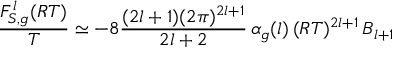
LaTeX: \frac { F _ { S , g } ^ { l } ( R T ) } { T } \simeq - 8 \frac { ( 2 l + 1 ) ( 2 \pi ) ^ { 2 l + 1 } } { 2 l + 2 } \, \alpha _ { g } ( l ) \, ( R T ) ^ { 2 l + 1 } \, B _ { l + 1 }